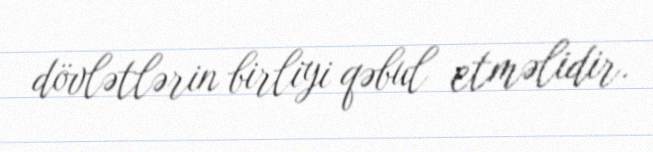
dövlətlərin birliyi qəbul etməlidir.